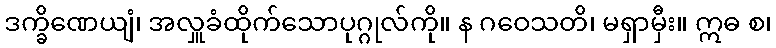
ဒက္ခိဏေယျံ၊ အလှူခံထိုက်သောပုဂ္ဂုလ်ကို။ န ဂဝေသတိ၊ မရှာမှီး။ ဣဓ စ၊